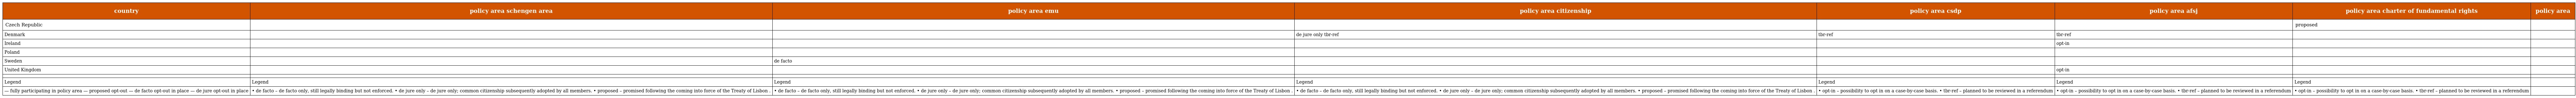
| country | policy area schengen area | policy area emu | policy area citizenship | policy area csdp | policy area afsj | policy area charter of fundamental rights | policy area |
 | --- | --- | --- | --- | --- | --- | --- | --- |
 | Czech Republic |  |  |  |  |  | proposed |  |
 | Denmark |  |  | de jure only tbr-ref | tbr-ref | tbr-ref |  |  |
 | Ireland |  |  |  |  | opt-in |  |  |
 | Poland |  |  |  |  |  |  |  |
 | Sweden |  | de facto |  |  |  |  |  |
 | United Kingdom |  |  |  |  | opt-in |  |  |
 |  |  |  |  |  |  |  |  |
 | Legend | Legend | Legend | Legend | Legend | Legend | Legend |  |
 | — fully participating in policy area — proposed opt-out — de facto opt-out in place — de jure opt-out in place | • de facto – de facto only, still legally binding but not enforced. • de jure only – de jure only; common citizenship subsequently adopted by all members. • proposed – promised following the coming into force of the Treaty of Lisbon . | • de facto – de facto only, still legally binding but not enforced. • de jure only – de jure only; common citizenship subsequently adopted by all members. • proposed – promised following the coming into force of the Treaty of Lisbon . | • de facto – de facto only, still legally binding but not enforced. • de jure only – de jure only; common citizenship subsequently adopted by all members. • proposed – promised following the coming into force of the Treaty of Lisbon . | • opt-in – possibility to opt in on a case-by-case basis. • tbr-ref – planned to be reviewed in a referendum | • opt-in – possibility to opt in on a case-by-case basis. • tbr-ref – planned to be reviewed in a referendum | • opt-in – possibility to opt in on a case-by-case basis. • tbr-ref – planned to be reviewed in a referendum |  |